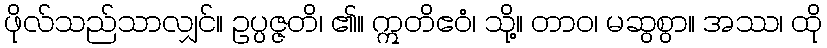
ဖိုလ်သည်သာလျှင်။ ဥပ္ပဇ္ဇတိ၊ ၏။ ဣတိဧဝံ၊ သို့။ တာဝ၊ မဆွစွာ။ အဿ၊ ထို